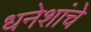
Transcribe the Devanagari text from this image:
धनेशांचे